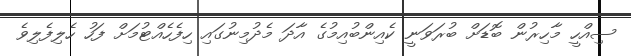
ސިއްހީ މާހިރުން ބޮޑަށް ބުރަވަނީ ކެއިންބުއިމުގެ އާދަ މެދުމިނުގައި ހިފެހެއްޓުމަށް ފަހު ހެލިފެލިވެ